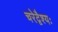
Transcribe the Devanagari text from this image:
चरेद्वैश्यः